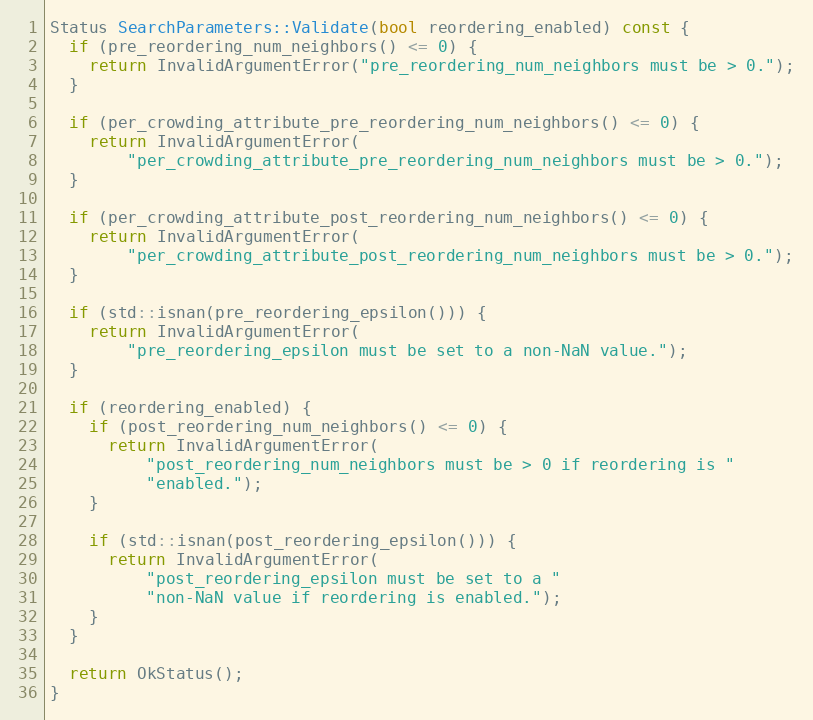
Language: C++
Status SearchParameters::Validate(bool reordering_enabled) const {
  if (pre_reordering_num_neighbors() <= 0) {
    return InvalidArgumentError("pre_reordering_num_neighbors must be > 0.");
  }

  if (per_crowding_attribute_pre_reordering_num_neighbors() <= 0) {
    return InvalidArgumentError(
        "per_crowding_attribute_pre_reordering_num_neighbors must be > 0.");
  }

  if (per_crowding_attribute_post_reordering_num_neighbors() <= 0) {
    return InvalidArgumentError(
        "per_crowding_attribute_post_reordering_num_neighbors must be > 0.");
  }

  if (std::isnan(pre_reordering_epsilon())) {
    return InvalidArgumentError(
        "pre_reordering_epsilon must be set to a non-NaN value.");
  }

  if (reordering_enabled) {
    if (post_reordering_num_neighbors() <= 0) {
      return InvalidArgumentError(
          "post_reordering_num_neighbors must be > 0 if reordering is "
          "enabled.");
    }

    if (std::isnan(post_reordering_epsilon())) {
      return InvalidArgumentError(
          "post_reordering_epsilon must be set to a "
          "non-NaN value if reordering is enabled.");
    }
  }

  return OkStatus();
}